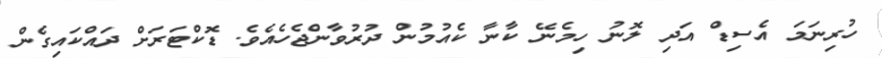
ހުރިނަމަ އެސިޑް އަދި ލޮނު ހިމެނޭ ކާނާ ކެއުމުން ދުރުވާންޖެހެއެވެ. ޑޮކްޓަރަށް ދައްކައިގެން